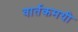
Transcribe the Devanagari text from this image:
वार्तकमयी